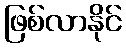
ဖြစ်လာနိုင်